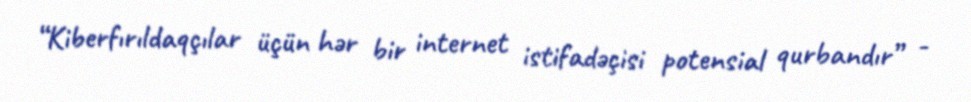
“Kiberfırıldaqçılar üçün hər bir internet istifadəçisi potensial qurbandır” -